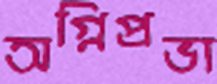
অগ্নিপ্রভা